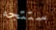
ستتجه